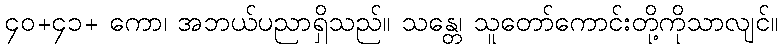
၄၀+၄၁+ ကော၊ အဘယ်ပညာရှိသည်။ သန္တေ၊ သူတော်ကောင်းတို့ကိုသာလျင်။